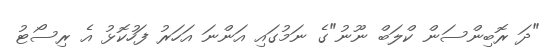
"ދަ ރޮބިންސަން ކްލަބް ނޫނު"ގެ ނަމުގައި އަންނަ އަހަރު ފަހުކޮޅު އެ ރިސޯޓު